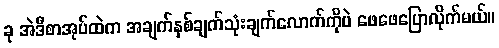
ခု အဲဒီစာအုပ်ထဲက အချက်နှစ်ချက်သုံးချက်လောက်ကိုပဲ ဖေဖေပြောလိုက်မယ်။